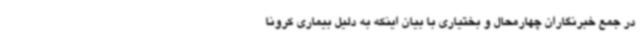
در جمع خبرنگاران چهارمحال و بختیاری با بیان اینکه به دلیل بیماری کرونا